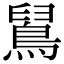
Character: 䳔